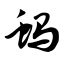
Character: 蚂